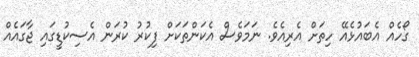
ގޯހެއް އެބައުޅެއޭ ހިތަށް އެރިއެވެ. ނަމަވެސް އެކަންތަކަށް ފިކުރު ކުރަން އެސިކުޑީގައި ޖާގައެއް